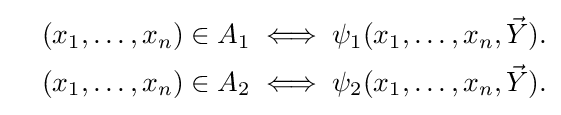
{\begin{aligned}\quad &(x_{1},\ldots ,x_{n})\in A_{1}\iff \psi _{1}(x_{1},\ldots ,x_{n},{\vec {Y}}).\\&(x_{1},\ldots ,x_{n})\in A_{2}\iff \psi _{2}(x_{1},\ldots ,x_{n},{\vec {Y}}).\end{aligned}}